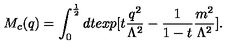
M _ { c } ( q ) = \int _ { 0 } ^ { \frac { 1 } { 2 } } d t e x p [ t \frac { q ^ { 2 } } { \Lambda ^ { 2 } } - \frac { 1 } { 1 - t } \frac { m ^ { 2 } } { \Lambda ^ { 2 } } ] .